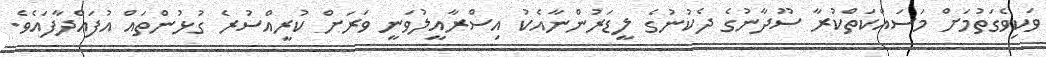
ވަކިވެގަތުމަށް މަސައްކަތްކުރާ ސޫދާނުގެ ދެކުނުގެ ލީޑަރުންނާއެކު އިސްރާއީލުވަނީ ވަރަށް ކުރީއްސުރެ ގުޅުންތައް އުފައްދާފައެވެ.